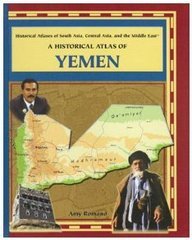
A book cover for A Historical Atlas of Yemen (Historical Atlases of South Asia, Central Asia, and the Middle East); Travel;